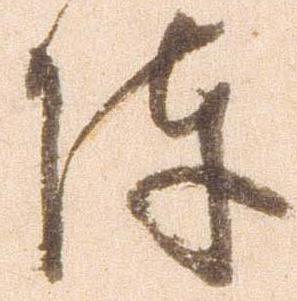
陣